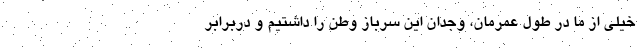
خیلی از ما در طول عمرمان، وجدان این سرباز وطن را داشتیم و دربرابر